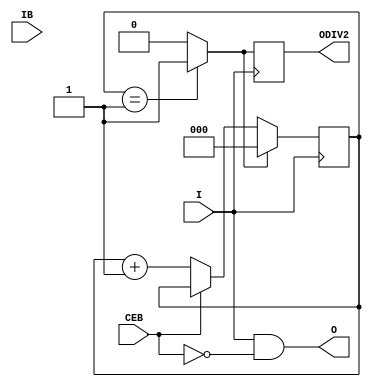
///////////////////////////////////////////////////////////////////////////////
//    Copyright (c) 1995/2010 Xilinx, Inc.
// 
//    Licensed under the Apache License, Version 2.0 (the "License");
//    you may not use this file except in compliance with the License.
//    You may obtain a copy of the License at
// 
//        http://www.apache.org/licenses/LICENSE-2.0
// 
//    Unless required by applicable law or agreed to in writing, software
//    distributed under the License is distributed on an "AS IS" BASIS,
//    WITHOUT WARRANTIES OR CONDITIONS OF ANY KIND, either express or implied.
//    See the License for the specific language governing permissions and
//    limitations under the License.
///////////////////////////////////////////////////////////////////////////////
//   ____  ____
//  /   /\/   /
// /___/  \  /    Vendor : Xilinx
// \   \   \/     Version : 13.1 
//  \   \         Description : Xilinx Timing Simulation Library Component
//  /   /                  Differential Signaling Input Buffer
// /___/   /\     Filename : IBUFDS_GTE2.v
// \   \  /  \    Timestamp : Tue Jun  1 14:31:01 PDT 2010
//  \___\/\___\
//
// Revision:
//    06/01/10 - Initial version.
//    09/29/11 - 627247 -- Changed CLKSWING_CFG from blooean to bits
//    12/13/11 - Added `celldefine and `endcelldefine (CR 524859).
//    10/22/14 - Added #1 to $finish (CR 808642).
// End Revision

`timescale 1 ps/1 ps

`celldefine

module IBUFDS_GTE2 (
    O,
    ODIV2,

    CEB,
    I,
    IB
    );
`ifdef XIL_TIMING
    parameter LOC = "UNPLACED";
`endif
    parameter CLKCM_CFG = "TRUE";
    parameter CLKRCV_TRST = "TRUE";
    parameter [1:0] CLKSWING_CFG = 2'b11;

    output O;
    output ODIV2;

    input CEB;
    input I;
    input IB;


// Output signals
    reg  O_out=0, ODIV2_out=0;

// Counters and Flags
    reg [2:0] ce_count = 1;
    reg [2:0] edge_count = 0;

    reg allEqual;

// Attribute settings

// Other signals
    reg clkcm_cfg_int = 0;
    reg clkrcv_trst_int = 0;
    reg clkswing_cfg_int = 0;

    reg [1:0] CLKSWING_CFG_BINARY;
    reg notifier;

    initial begin
        allEqual = 0;

//-------------------------------------------------
//----- CLKCM_CFG check
//-------------------------------------------------
        case (CLKCM_CFG)

            "FALSE" : clkcm_cfg_int <= 1'b0;
            "TRUE"  : clkcm_cfg_int <= 1'b1;
            default : begin
                          $display("Attribute Syntax Error : The attribute CLKCM_CFG on IBUFDS_GTE2 instance %m is set to %s.  Legal values for this attribute are FALSE or TRUE", CLKCM_CFG);
                          #1 $finish;
                      end

        endcase // case(CLKCM_CFG)

//-------------------------------------------------
//----- CLKRCV_TRST check
//-------------------------------------------------
        case (CLKRCV_TRST)

            "FALSE" : clkrcv_trst_int <= 1'b0;
            "TRUE"  : clkrcv_trst_int <= 1'b1;
            default : begin
                          $display("Attribute Syntax Error : The attribute CLKRCV_TRST on IBUFDS_GTE2 instance %m is set to %s.  Legal values for this attribute are FALSE or TRUE", CLKRCV_TRST);
                          #1 $finish;
                      end

        endcase // case(CLKRCV_TRST)

    end  // initial begin


// =====================
// Count the rising edges of the clk
// =====================
    always @(posedge I) begin
         if(allEqual)
             edge_count <= 3'b000;
          else
             if (CEB == 1'b0)
                 edge_count <= edge_count + 1;
     end

//  Generate synchronous reset after DIVIDE number of counts
    always @(edge_count)
        if (edge_count == ce_count)
           allEqual = 1;
        else
          allEqual = 0;

// =====================
// Generate ODIV2
// =====================
    always @(posedge I)
        ODIV2_out <= allEqual;

// =====================
// Generate O
// =====================
    always @(I)
        O_out <= I & ~CEB;


// =====================
// Outputs   
// =====================

    assign O  = O_out;
    assign ODIV2   = ODIV2_out;
    

    specify
`ifdef XIL_TIMING
       $period (posedge I, 0:0:0, notifier);
       $period (posedge IB, 0:0:0, notifier);
       ( I => O) = (100:100:100, 100:100:100);
       ( I => ODIV2) = (100:100:100, 100:100:100);
       ( IB => O) = (100:100:100, 100:100:100);
       ( IB => ODIV2) = (100:100:100, 100:100:100);
`endif
       specparam PATHPULSE$ = 0;

    endspecify

endmodule

`endcelldefine